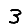
Digit: 3